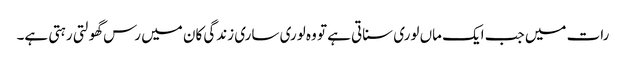
رات میں جب ایک ماں لوری سناتی ہے تو وہ لوری ساری زندگی کان میں رس گھولتی رہتی ہے۔